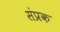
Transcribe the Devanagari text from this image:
संप्रक